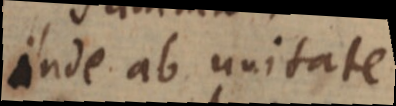
inde ab